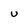
Character: U